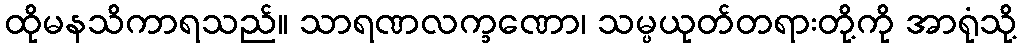
ထိုမနသိကာရသည်။ သာရဏလက္ခဏော၊ သမ္ပယုတ်တရားတို့ကို အာရုံသို့